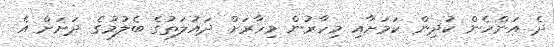
ދެ އަންހެން ކުދިން ކަމަށާއި މިހާރުން މިހާރަށް ދައުލަތުގެ ބެލުމުގެ ދަށަށް އެ